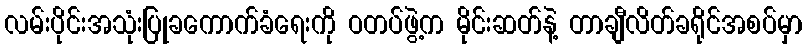
လမ်းပိုင်းအသုံးပြုခကောက်ခံရေးကို ဝတပ်ဖွဲ့က မိုင်းဆတ်နဲ့ တာချီလိတ်ခရိုင်အစပ်မှာ